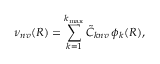
\nu _ { n v } ( R ) = \sum _ { k = 1 } ^ { k _ { \mathrm { m a x } } } \tilde { C } _ { k n v } \, \phi _ { k } ( R ) ,